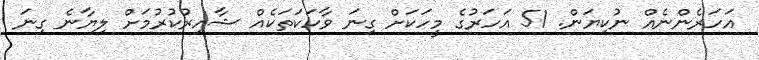
އަހަރެންނެއް ނުކިޔަން. 51 އަހަރުގެ މީހަކަށް ގިނަ ވާހަކަތަކެއް ޝާއިރުކުރުމަށް ލިޔާނެ ގިނަ